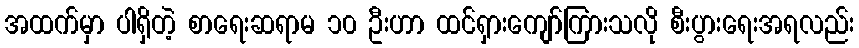
အထက်မှာ ပါရှိတဲ့ စာရေးဆရာမ ၁၀ ဦးဟာ ထင်ရှားကျော်ကြားသလို စီးပွားရေးအရလည်း